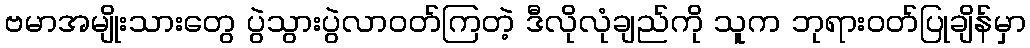
ဗမာအမျိုးသားတွေ ပွဲသွားပွဲလာဝတ်ကြတဲ့ ဒီလိုလုံချည်ကို သူက ဘုရားဝတ်ပြုချိန်မှာ